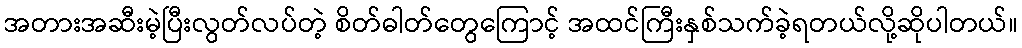
အတားအဆီးမဲ့ပြီးလွတ်လပ်တဲ့ စိတ်ဓါတ်တွေကြောင့် အထင်ကြီးနှစ်သက်ခဲ့ရတယ်လို့ဆိုပါတယ်။